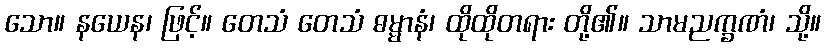
သော။ နယေန၊ ဖြင့်။ တေသံ တေသံ ဓမ္မာနံ၊ ထိုထိုတရား တို့၏။ သာမညက္ခဏံ၊ သို့။